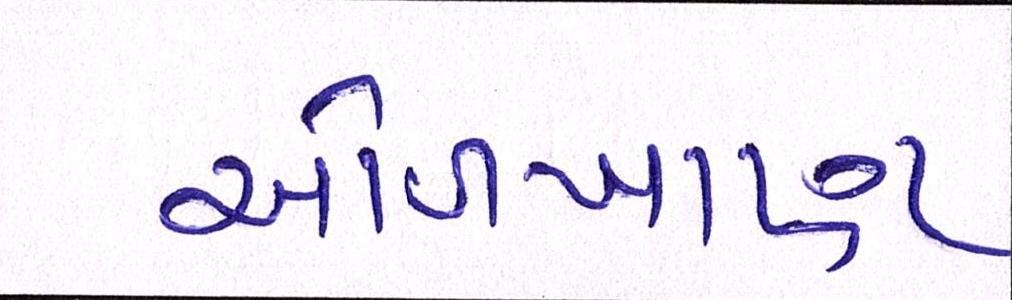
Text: ઓળખાણ